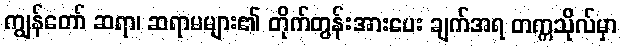
ကျွန်တော် ဆရာ၊ ဆရာမများ၏ တိုက်တွန်းအားပေး ချက်အရ တက္ကသိုလ်မှာ